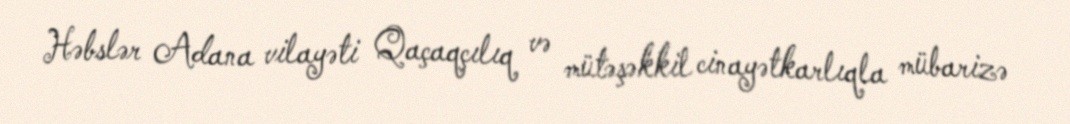
Həbslər Adana vilayəti Qaçaqçılıq və mütəşəkkil cinayətkarlıqla mübarizə